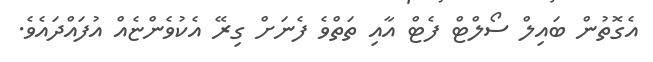
އެގޮތުން ބައިލް ސޯލްޓް ފެޓް އާއި ތަތްވެ ފެނަށް ގިރޭ އެކުވެންޏެއް އުފައްދައެވެ.